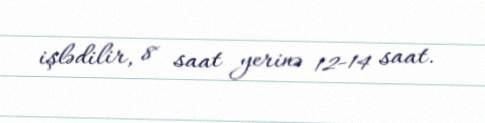
işlədilir, 8 saat yerinə 12-14 saat.